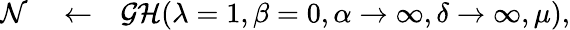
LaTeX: \begin{array}{rlr}{{\mathcal N}}&{{}\leftarrow}&{\mathcal{GH}(\lambda=1,\beta=0,\alpha\rightarrow\infty,\delta\rightarrow\infty,\mu),}\end{array}